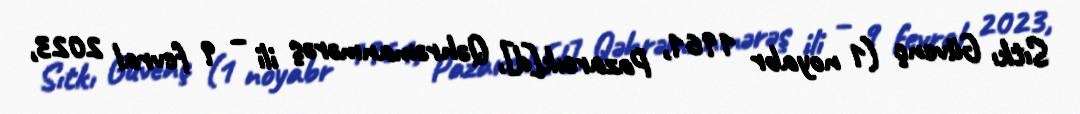
Sıtkı Güvenç (1 noyabr 1961, Pazarcık[d], Qəhrəmanmərəş ili – 9 fevral 2023,